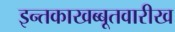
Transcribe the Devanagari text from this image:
इन्तकाखब्बूतवारीख